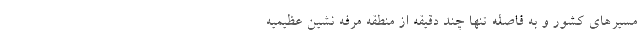
مسیرهای کشور و به فاصله تنها چند دقیقه از منطقه مرفه‌ نشین عظیمیه